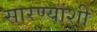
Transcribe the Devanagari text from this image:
सारण्यांशी